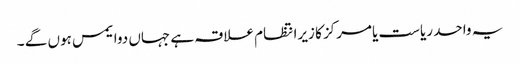
یہ واحد ریاست یامرکز کا زیرانتظام علاقہ ہے جہاں دوایمس ہوں گے ۔